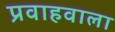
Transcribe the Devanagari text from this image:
प्रवाहवाला